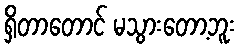
ရှိတာတောင် မသွားတော့ဘူး